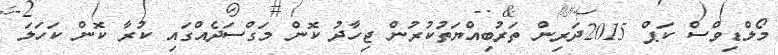
މޯލްޑިވްސް ކަޕް 2015ދަރިން ތަރުބިއްޔަތުކުރުން ޖިހާދު ކޮން މަގްސަދެއްގައި ކުރާ ކޮން ކަހަލަ